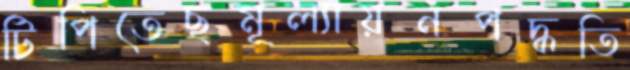
টিপিতেছমূল্যায়নপদ্ধতি